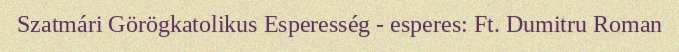
Szatmári Görögkatolikus Esperesség - esperes: Ft. Dumitru Roman